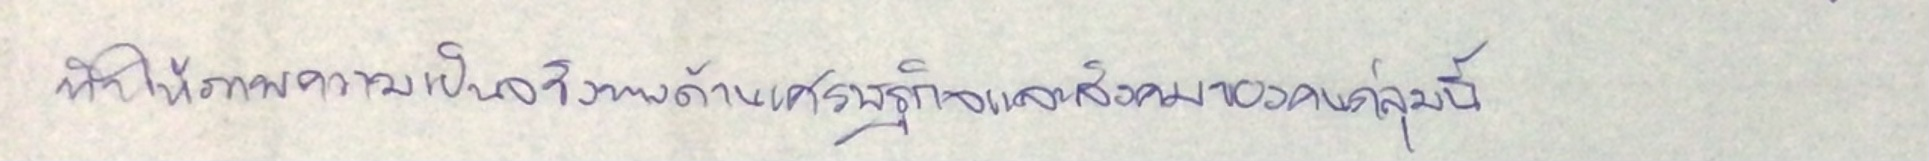
ทำให้ภาพความเป็นจริงทางด้านเศรษฐกิจและสังคมของคนกลุ่มนี้